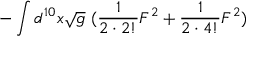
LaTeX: - \int d ^ { 1 0 } x \sqrt { g } ~ ( \frac { 1 } { 2 \cdot 2 ! } F ^ { 2 } + \frac { 1 } { 2 \cdot 4 ! } F ^ { 2 } )